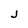
Character: j